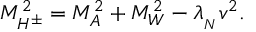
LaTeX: M _ { H ^ { \pm } } ^ { 2 } = M _ { A } ^ { 2 } + M _ { W } ^ { 2 } - \lambda _ { _ N } v ^ { 2 } .